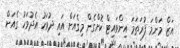
އަޒް މަންމަ ފުރަތަމަ އިންވައިޓް ކޮށްގެން މިގެއަށް އައި ދުވަހު އެދުވަހު ގެއަށް